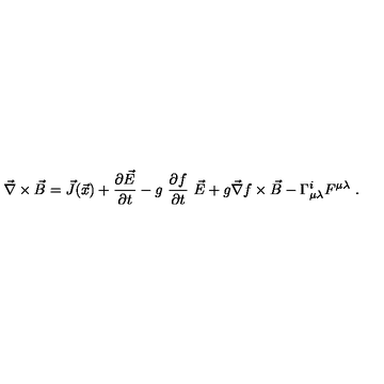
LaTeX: \vec { \nabla } \times \vec { B } = \vec { J } ( \vec { x } ) + \frac { \partial \vec { E } } { \partial t } - g \ \frac { \partial f } { \partial t } \ \vec { E } + g \vec { \nabla } f \times \vec { B } - \Gamma _ { \mu \lambda } ^ { i } F ^ { \mu \lambda } \ .